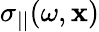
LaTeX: \sigma_{||}(\omega,\mathbf{x})